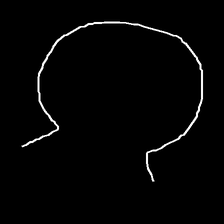
Glyph: weave